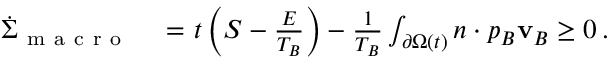
\begin{array} { r l } { \dot { \Sigma } _ { \mathrm { ~ m ~ a ~ c ~ r ~ o ~ } } } & { { } = \d _ { t } \left( S - \frac { E } { T _ { B } } \right) - \frac { 1 } { T _ { B } } \int _ { \partial \Omega ( t ) } \d \mathbf { n } \cdot p _ { B } \mathbf { v } _ { B } \geq 0 \, . } \end{array}